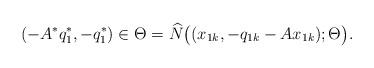
LaTeX: \begin{align*}(-A^*q_1^*,-q_1^*)\in\Theta=\widehat N\big((x_{1k},-q_{1k}-A x_{1k});\Theta\big).\end{align*}